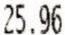
25.96